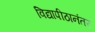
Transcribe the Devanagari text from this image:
विद्यापीठानंतर